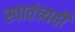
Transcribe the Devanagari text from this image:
स्वातंत्र्यही